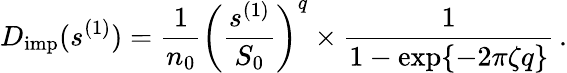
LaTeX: D_{\mathrm{imp}}(s^{(1)})=\frac{1}{n_{0}}\left(\frac{s^{(1)}}{S_{0}}\right)^{q}\times\frac{1}{1-\exp\{ -2\pi\zeta q\} }\, .